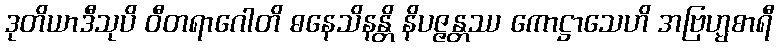
ဒုတိယာဒီသုပိ ဝီတရာဂေါတိ ဓနေသိနန္တိ နိပဇ္ဇန္တဿ ကောဋ္ဌာသေဟိ အဗြဟ္မစာရီ